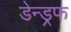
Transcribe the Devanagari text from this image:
डेन्ड्रफ